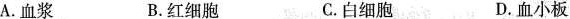
A.血浆 B.红细胞 C.白细胞 D.血小板